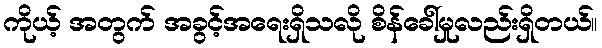
ကိုယ့် အတွက် အခွင့်အရေးရှိသလို စိန်ခေါ်မှုလည်းရှိတယ်။